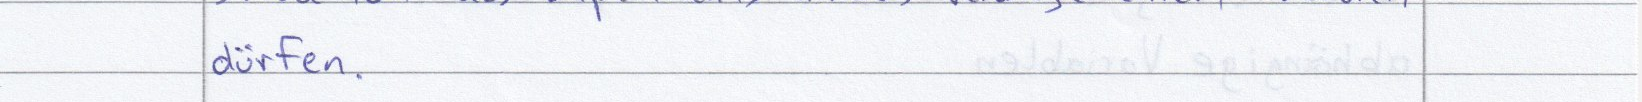
dürfen.